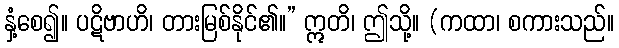
နှံ့စေ၍။ ပဋိဗာဟိ၊ တားမြစ်နိုင်၏။” ဣတိ၊ ဤသို့။ (ကထာ၊ စကားသည်။